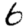
Digit: 6